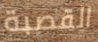
القصبة